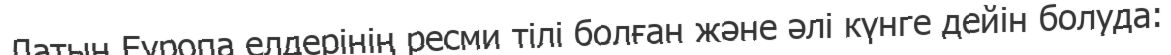
Латын Еуропа елдерінің ресми тілі болған және әлі күнге дейін болуда: